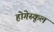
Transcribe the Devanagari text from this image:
होगेस्कूल